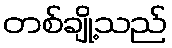
တစ်ချို့သည်